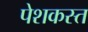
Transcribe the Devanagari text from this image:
पेशकस्त